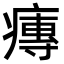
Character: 𤹵